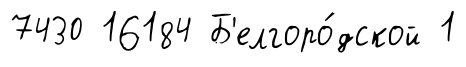
7430 16184 Б'елгоро́дской 1